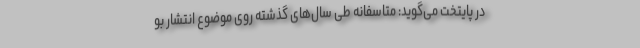
در پایتخت می‌گوید: متاسفانه طی سال‌های گذشته روی موضوع انتشار بو